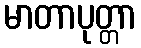
မာတာပုတ္တာ